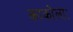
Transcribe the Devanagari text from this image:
काकोलाः